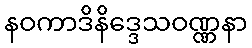
နဝကာဒိနိဒ္ဒေသဝဏ္ဏနာ